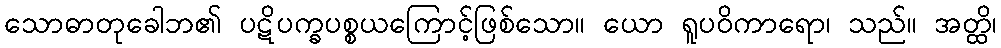
သောဓာတုခေါဘ၏ ပဋိပက္ခပစ္စယကြောင့်ဖြစ်သော။ ယော ရူပဝိကာရော၊ သည်။ အတ္ထိ၊